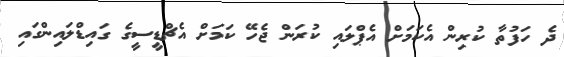
ދެ ހަފުތާ ކުރިން އެކަމަށް އެޕްލައި ކުރަން ޖެހޭ ކަމަށް އެޗްޑީސީގެ ގައިޑްލައިންގައި